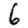
Digit: 6